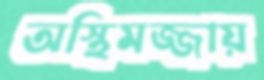
অস্থিমজ্জায়